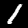
Digit: 1